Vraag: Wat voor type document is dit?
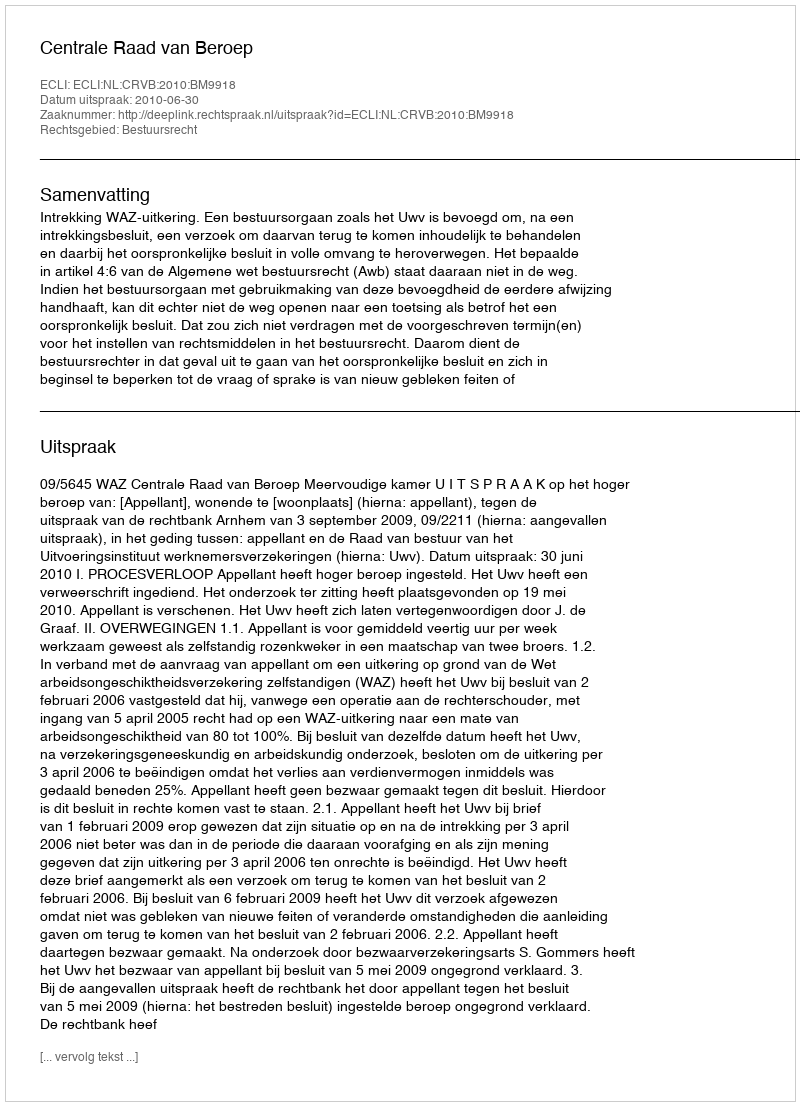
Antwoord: Uitspraak